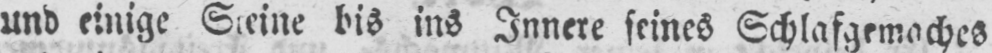
bis ins Innere seines Schlafgemaches